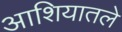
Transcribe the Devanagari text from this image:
आशियातले